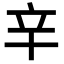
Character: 𨐋